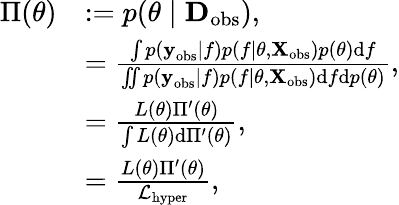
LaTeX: \begin{array}{rl}{\Pi(\theta)}&{:=p(\theta\mid\textbf{D}_{\mathrm{obs}}),}\\ &{=\frac{\int p(\textbf{y}_{\mathrm{obs}}\mid f)p(f\mid\theta,\textbf{X}_{\mathrm{obs}})p(\theta)\mathrm{d}f}{\iint p(\textbf{y}_{\mathrm{obs}}\mid f)p(f\mid\theta,\textbf{X}_{\mathrm{obs}})\mathrm{d}f\mathrm{d}p(\theta)},}\\ &{=\frac{L(\theta)\Pi^{\prime}(\theta)}{\int L(\theta)\mathrm{d}\Pi^{\prime}(\theta)},}\\ &{=\frac{L(\theta)\Pi^{\prime}(\theta)}{\mathcal{L}_{\mathrm{hyper}}},}\end{array}